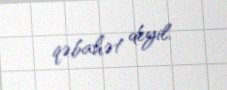
qəbahət deyil.